Annual administration and progress report of the Indian Medical Department, Bombay
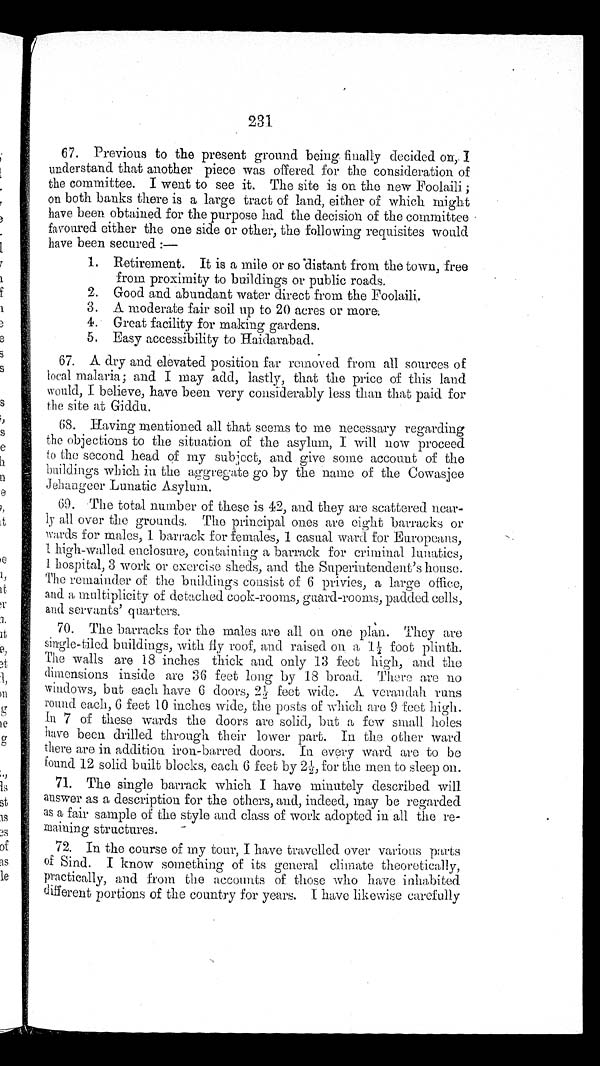
231
67. Previous to the present ground being finally decided on,. I
understand that another piece was offered for the consideration of
the committee. I went to see it. The site is on the new Foolaili
;on both banks there is a large tract of land, either of which might
have been obtained for the purpose had the decision of the committee
favoured either the one side or other, the following requisites would
have been secured :
—
1. Retirement. It is a mile or so distant from the town, free
from proximity to buildings or public roads.
2. Good and abundant water direct from the Foolaili.
3. A moderate fair soil up to 20 acres or more.
4. Great facility for making gardens.
5. Easy accessibility to Haidarabad.
67. A dry and elevated position far removed from all sources of
local malaria; and I may add, lastly, that the price of this land
would, I believe, have been very considerably less than that paid for
the site at Giddu.
63. Having mentioned all that seems to me necessary regarding
the objections to the situation of the asylum, I will now proceed
to the second head of my subject, and give some account of the
buildings which in the aggregate go by the name of the Cowasjee
Jehangeer Lunatic Asylum.
69. The total number of these is 42, and they are scattered near
- l y a l l o v e r t h e g r o u n d s . T h e p r i n c i p a l o n e s a r e e i g h t b a r r a c k s o r
wards for males, 1 barrack for females, 1 casual ward for Europeans,
1 high-walled enclosure, containing a barrack for criminal lunatics,
1 hospital, 3 work or exercise sheds, and the Superintendent’s house.
The remainder of the buildings consist of 6 privies, a large office,
and a multiplicity of detached cook-rooms, guard-rooms, padded cells,
and servants’ quarters.
70. The barracks for the males are all on one plan. They are
single-tiled buildings, with fly roof, and raised on a 1½ foot plinth.
The walls are 18 inches thick and only 13 feet high, and the
dimensions inside are 36 feet long by 13 broad. There are no
windows, but each have 6 doors, 2½ feet wide. A verandah runs
round each, 6 feet 10 inches wide, the posts of which are 9 feet high.
In 7 of these wards the doors are solid, but a few small holes
h ave been drilled through their lower part. In the other ward
there are in addition iron-barred doors. In every ward are to be
found 12 solid built blocks, each 6 feet by 2½, for the men to sleep on.
71. The single barrack which I have minutely described will
answer as a description for the others, and, indeed, may be regarded
as a fair sample of the style and class of work adopted in all the re-
maining structures.
72. In the course of my tour, I have travelled over various parts
o f S i n d . I k n o w s o m e t h i n g o f i t s g e n e r a l c l i m a t e t h e o r e t i c a l l y ,
practically, and from the accounts of those who have inhabited
different portions of the country for years. I have likewise carefully